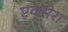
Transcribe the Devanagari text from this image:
एक्सेरा